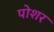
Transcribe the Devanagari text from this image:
पोशर